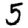
Digit: 5